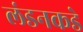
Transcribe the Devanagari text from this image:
लंडनकडे